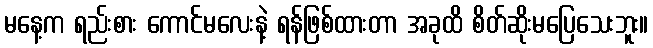
မနေ့က ရည်းစား ကောင်မလေးနဲ့ ရန်ဖြစ်ထားတာ အခုထိ စိတ်ဆိုးမပြေသေးဘူး။